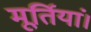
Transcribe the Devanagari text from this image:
मूर्तियां।